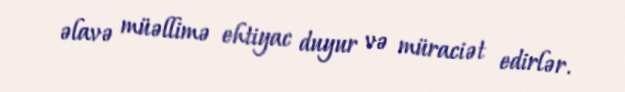
əlavə müəllimə ehtiyac duyur və müraciət edirlər.